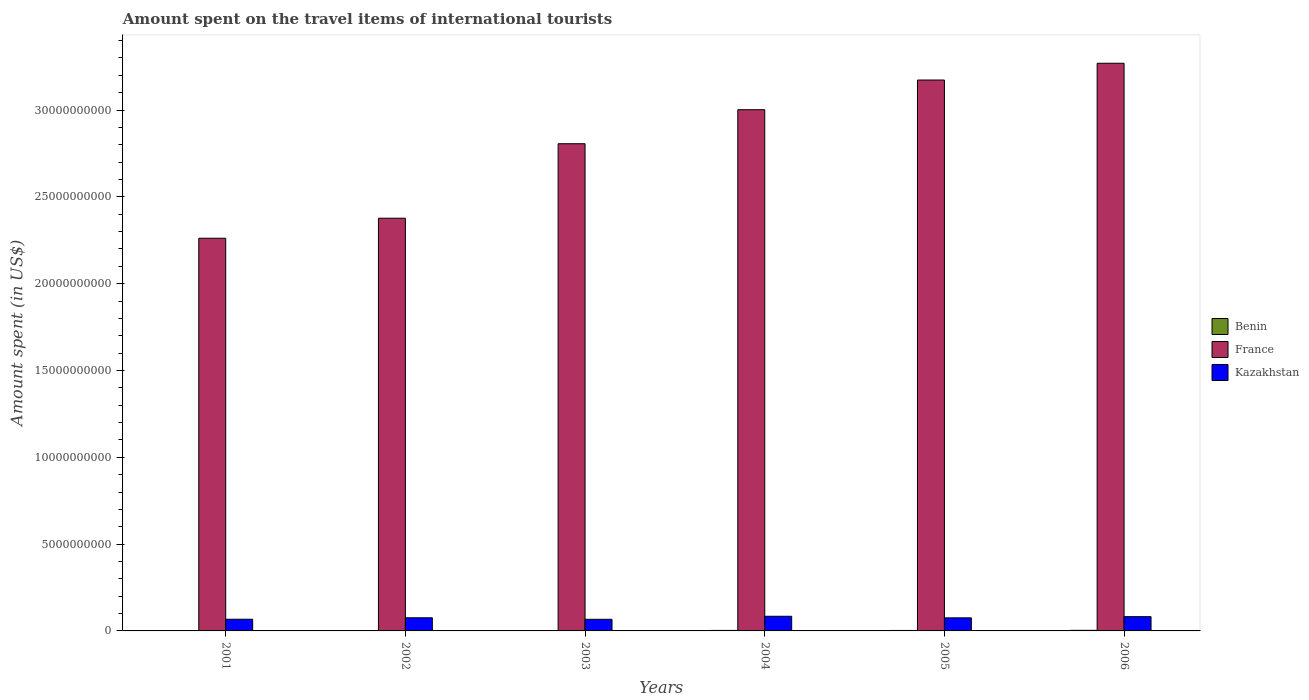
| Years | Benin | France | Kazakhstan |
 | --- | --- | --- | --- |
 | 2001 | 1.7e+07 | 2.26e+10 | 6.73e+08 |
 | 2002 | 2e+07 | 2.38e+10 | 7.57e+08 |
 | 2003 | 2.1e+07 | 2.81e+10 | 6.69e+08 |
 | 2004 | 2.9e+07 | 3e+10 | 8.44e+08 |
 | 2005 | 2.7e+07 | 3.17e+10 | 7.53e+08 |
 | 2006 | 3.4e+07 | 3.27e+10 | 8.21e+08 |